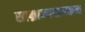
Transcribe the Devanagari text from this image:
साम्राज्यदायकम्